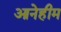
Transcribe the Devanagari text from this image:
आनेहीम